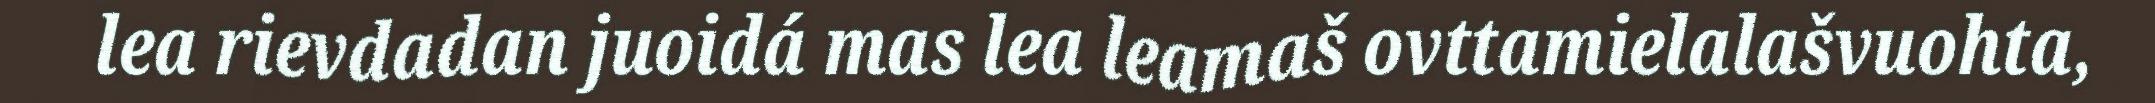
lea rievdadan juoidá mas lea leamaš ovttamielalašvuohta,